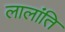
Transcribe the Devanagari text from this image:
लालांति